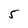
Character: 5